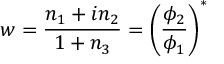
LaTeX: w = { \frac { n _ { 1 } + i n _ { 2 } } { 1 + n _ { 3 } } } = \left( { \frac { \phi _ { 2 } } { \phi _ { 1 } } } \right) ^ { * }